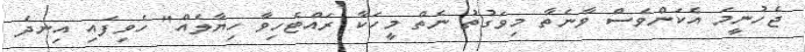
ޖެހުނީމަ އެކަންވެސް ވާނެތާ މިވަގުތު ނެތް މީހަކާ ރައްޓެހިވާ ހިޔާލެއް" ހެވިފައި އިނދެ